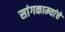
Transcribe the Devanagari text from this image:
सांगकाम्यांचे